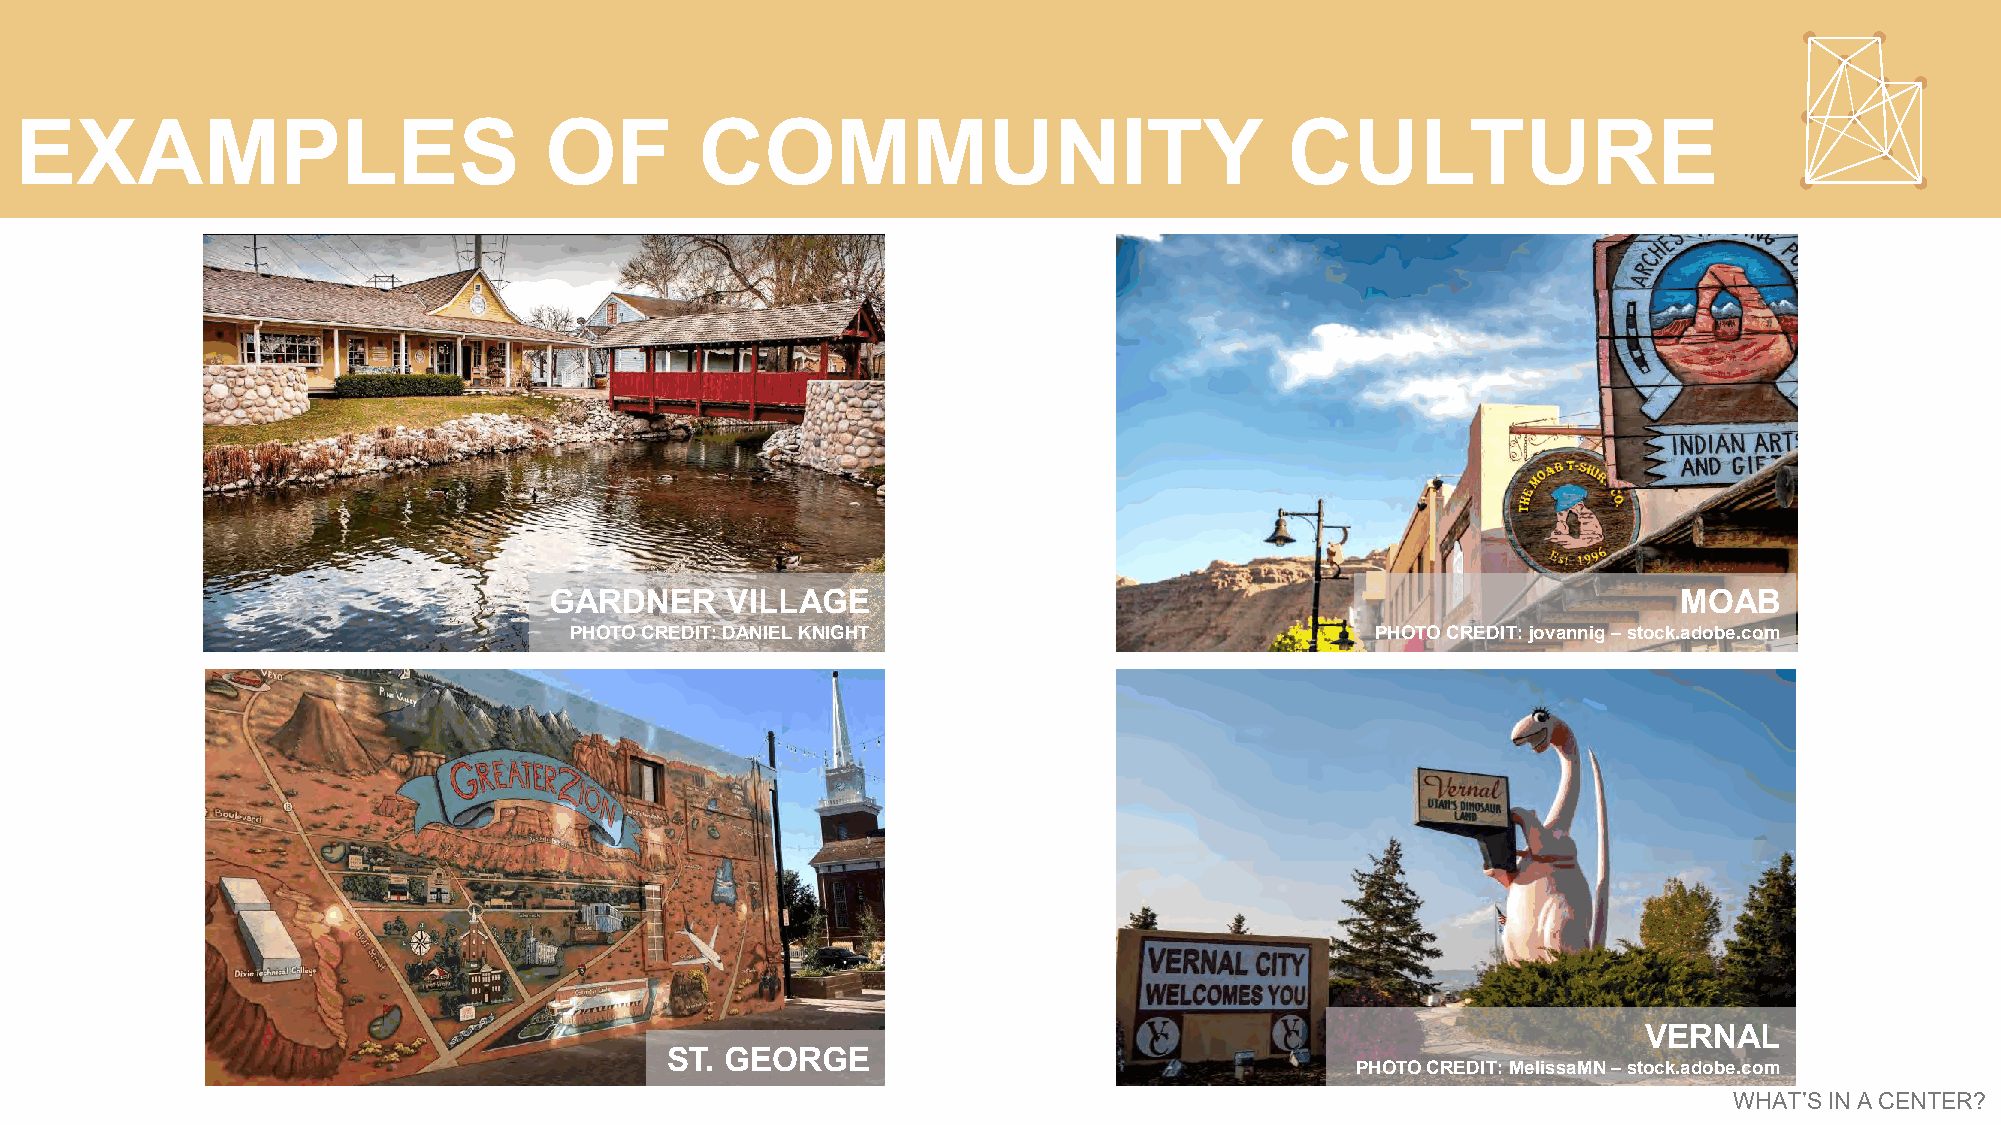
EXAMPLES                           OF        COMMUNITY                              CULTURE
 GARDNER     VILLAGE                                                        MOAB
 PHOTO CREDIT: DANIEL KNIGHT                          PHOTO CREDIT: jovannig–stock.adobe.com
 VERNAL
 ST. GEORGE
 PHOTO CREDIT: MelissaMN–stock.adobe.com
 WHAT’S IN A CENTER?